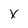
Character: x